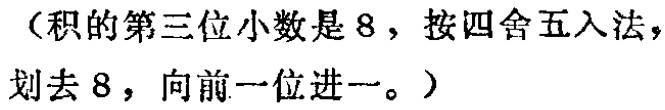
（积的第三位小数是8，按四舍五入法，划去8，向前一位进一。）